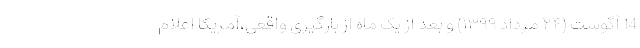
14 آگوست (۲۴ مرداد ۱۳۹۹) و بعد از یک ماه از بارگیری واقعی،آمریکا اعلام